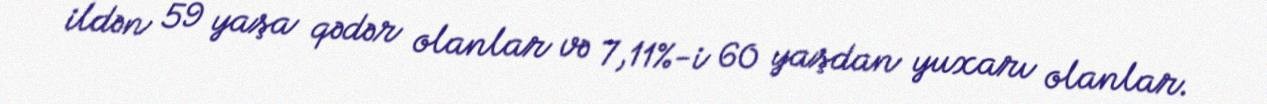
ildən 59 yaşa qədər olanlar və 7,11%-i 60 yaşdan yuxarı olanlar.